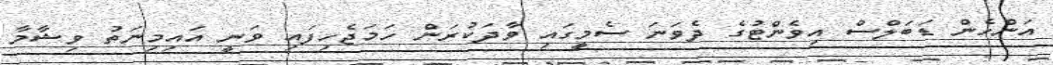
އަންހެން ޑަބަލްސް އިވެންޓުގެ ދެވަނަ ސެމީގައި ވާދަކުރަން ހަމަޖެހިފައި ވަނީ އައިމިނަތު ވިޝާމާ